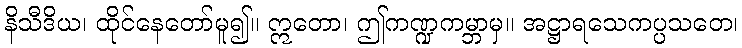
နိသီဒိယ၊ ထိုင်နေတော်မူ၍။ ဣတော၊ ဤကဏ္ဍကမ္ဘာမှ။ အဋ္ဌာရသေကပ္ပသတေ၊